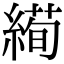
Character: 𦃜